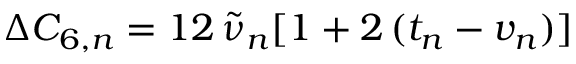
\Delta C _ { 6 , n } = 1 2 \, \tilde { \nu } _ { n } [ 1 + 2 \, ( t _ { n } - v _ { n } ) ]